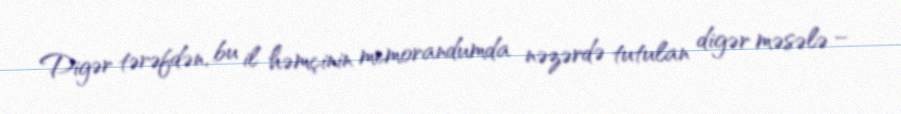
Digər tərəfdən, bu il həmçinin memorandumda nəzərdə tutulan digər məsələ –